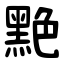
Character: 䵥